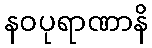
နဝပုရာဏာနိ